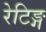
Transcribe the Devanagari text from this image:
रेटिङ्ग